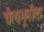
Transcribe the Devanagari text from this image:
चैत्यभूमीला